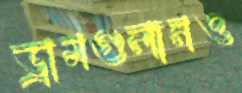
ড্রামগুলানও